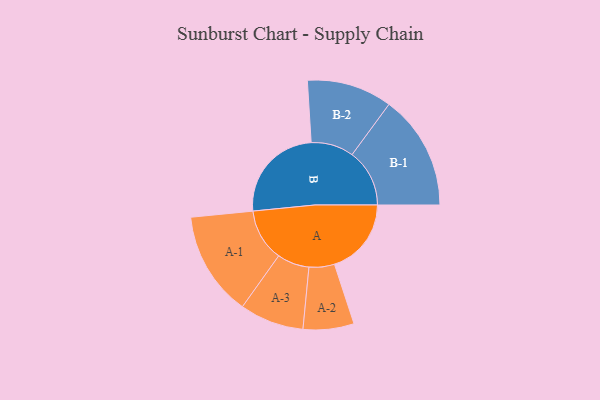
{"axis": {"x": "Segment", "y": "Value"}, "legend": ["", "A", "B"], "data": [{"x": "A", "y": 357, "type": ""}, {"x": "B", "y": 458, "type": ""}, {"x": "A-1", "y": 243, "type": "A"}, {"x": "A-2", "y": 118, "type": "A"}, {"x": "A-3", "y": 149, "type": "A"}, {"x": "B-1", "y": 267, "type": "B"}, {"x": "B-2", "y": 198, "type": "B"}]}